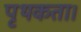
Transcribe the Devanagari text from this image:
पृथकता।